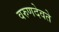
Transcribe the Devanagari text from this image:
वरुणदेवते